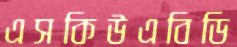
এসকিউএবিডি